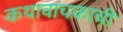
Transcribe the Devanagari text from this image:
कथावाचकाची